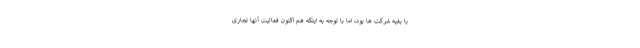
با بقیه شرکت ها بود، اما با توجه به اینکه هم اکنون فعالیت آنها تجاری